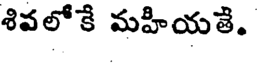
శివలో కే మహీయతే.